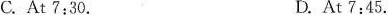
C. At 7:30. D.At 7:45.